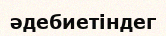
әдебиетіндег